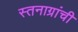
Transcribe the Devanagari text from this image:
स्तनाग्रांची